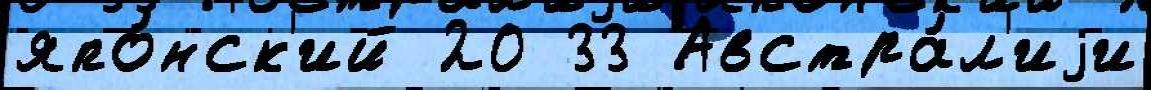
япо́нск'ий 20 33 Австра́л'иjи